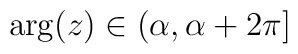
\arg (z)\in (\alpha ,\alpha +2\pi ]\protect